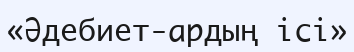
«Әдебиет-ардың ісі»